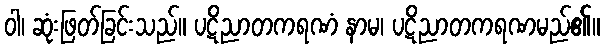
ဝါ၊ ဆုံးဖြတ်ခြင်းသည်။ ပဋိညာတကရဏံ နာမ၊ ပဋိညာတကရဏမည်၏။